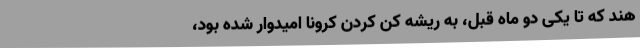
هند که تا یکی دو ماه قبل، به ریشه کن کردن کرونا امیدوار شده بود،